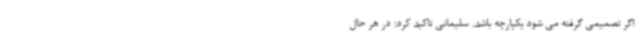
اگر تصمیمی گرفته می شود یکپارچه باشد. سلیمانی تاکید کرد: در هر حال